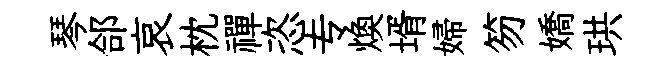
琴郃哀枕禪恣专焕壻婦笏嬌珙